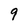
Character: 9